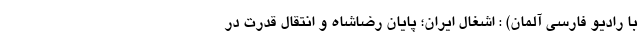
با رادیو فارسی آلمان) : اشغال ایران؛ پایان رضاشاه و انتقال قدرت در